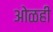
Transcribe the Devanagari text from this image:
ओळही